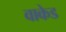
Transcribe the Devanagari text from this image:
वाकेड